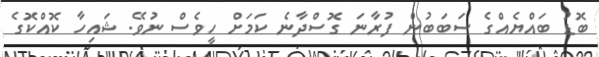
ބޮޑު ބައްޔެއްގެ ސަބަބުން ފުރާނަ ގޮސްދާނެ ކަމަށް ހީވެސް ނުވޭ. ޝައިހާ ކޮއްކޮގެ